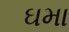
ઘમા